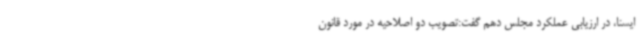
ایسنا،‌ در ارزیابی عملکرد مجلس دهم گفت:تصویب دو اصلاحیه در مورد قانون